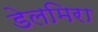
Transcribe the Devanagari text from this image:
डेलमिरा